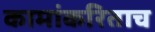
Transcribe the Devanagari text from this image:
कामांकरिताच